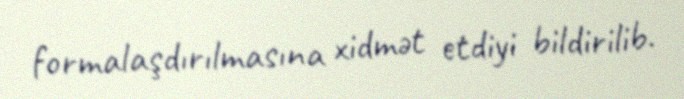
formalaşdırılmasına xidmət etdiyi bildirilib.